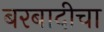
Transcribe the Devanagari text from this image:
बरबादीचा